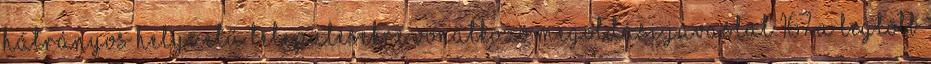
hátrányos helyzetű településekre vonatkozó megoldási javaslat 167 A legtöbb